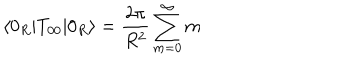
LaTeX: \langle 0 _ { R } | T _ { 0 0 } | 0 _ { R } \rangle = { \frac { 2 \pi } { R ^ { 2 } } } \sum _ { m = 0 } ^ { \infty } m